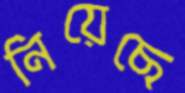
নিয়েছে